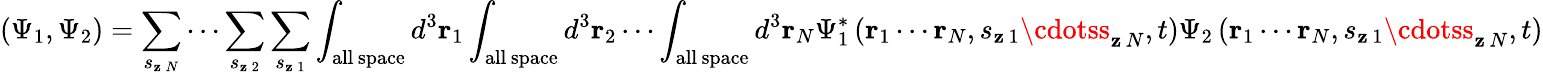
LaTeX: (\Psi_{1},\Psi_{2})=\sum_{s_{\mathbf{z}\, N}}\cdots\sum_{s_{\mathbf{z}\, 2}}\sum_{s_{\mathbf{z}\, 1}}\int_{\mathrm{{all\, space}}}d^{3}\mathbf{{r}}_{1}\int_{\mathrm{{all\, space}}}d^{3}\mathbf{{r}}_{2}\cdots\int_{\mathrm{{all\, space}}}d^{3}\mathbf{{r}}_{N}\Psi_{1}^{*}\left(\mathbf{{r}}_{1}\cdots\mathbf{{r}}_{N},s_{\mathbf{z}\, 1}\cdotss_{\mathbf{z}\, N},t\right)\Psi_{2}\left(\mathbf{{r}}_{1}\cdots\mathbf{{r}}_{N},s_{\mathbf{z}\, 1}\cdotss_{\mathbf{z}\, N},t\right)